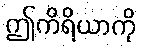
ဤကိရိယာကို